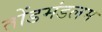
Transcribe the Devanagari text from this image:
तोंडमंडलम